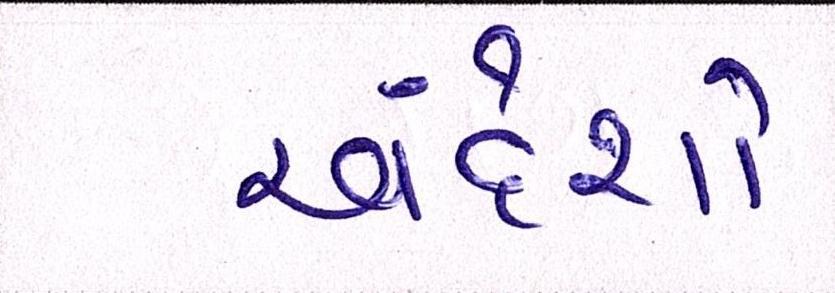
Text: અંદેશો